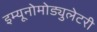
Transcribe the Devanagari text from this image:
इम्यूनोमोड्युलेटरी